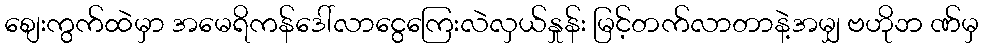
စျေးကွက်ထဲမှာ အမေရိကန်ဒေါ်လာငွေကြေးလဲလှယ်နှုန်း မြင့်တက်လာတာနဲ့အမျှ ဗဟိုဘ ဏ်မှ